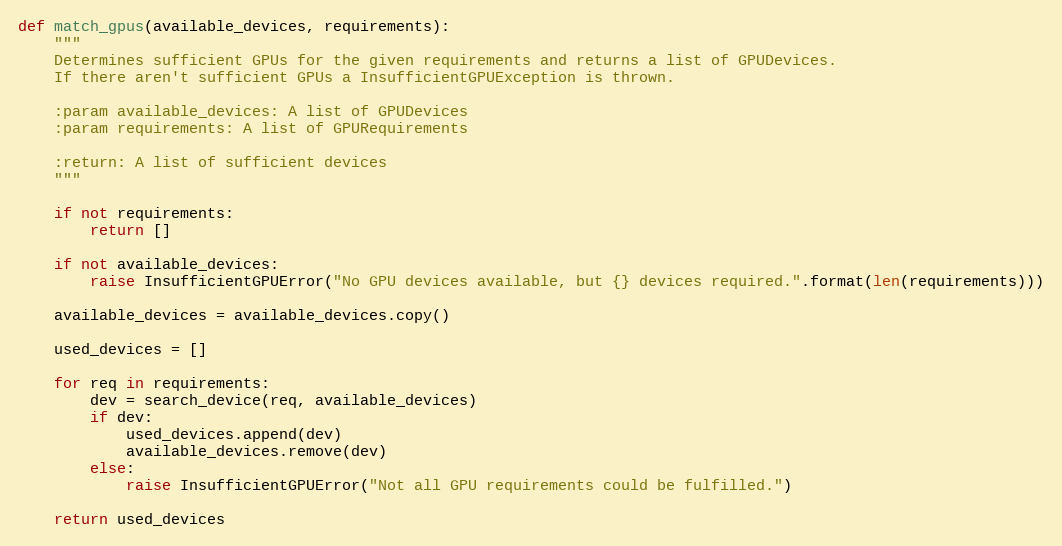
Language: Python
def match_gpus(available_devices, requirements):
    """
    Determines sufficient GPUs for the given requirements and returns a list of GPUDevices.
    If there aren't sufficient GPUs a InsufficientGPUException is thrown.

    :param available_devices: A list of GPUDevices
    :param requirements: A list of GPURequirements

    :return: A list of sufficient devices
    """

    if not requirements:
        return []

    if not available_devices:
        raise InsufficientGPUError("No GPU devices available, but {} devices required.".format(len(requirements)))

    available_devices = available_devices.copy()

    used_devices = []

    for req in requirements:
        dev = search_device(req, available_devices)
        if dev:
            used_devices.append(dev)
            available_devices.remove(dev)
        else:
            raise InsufficientGPUError("Not all GPU requirements could be fulfilled.")

    return used_devices